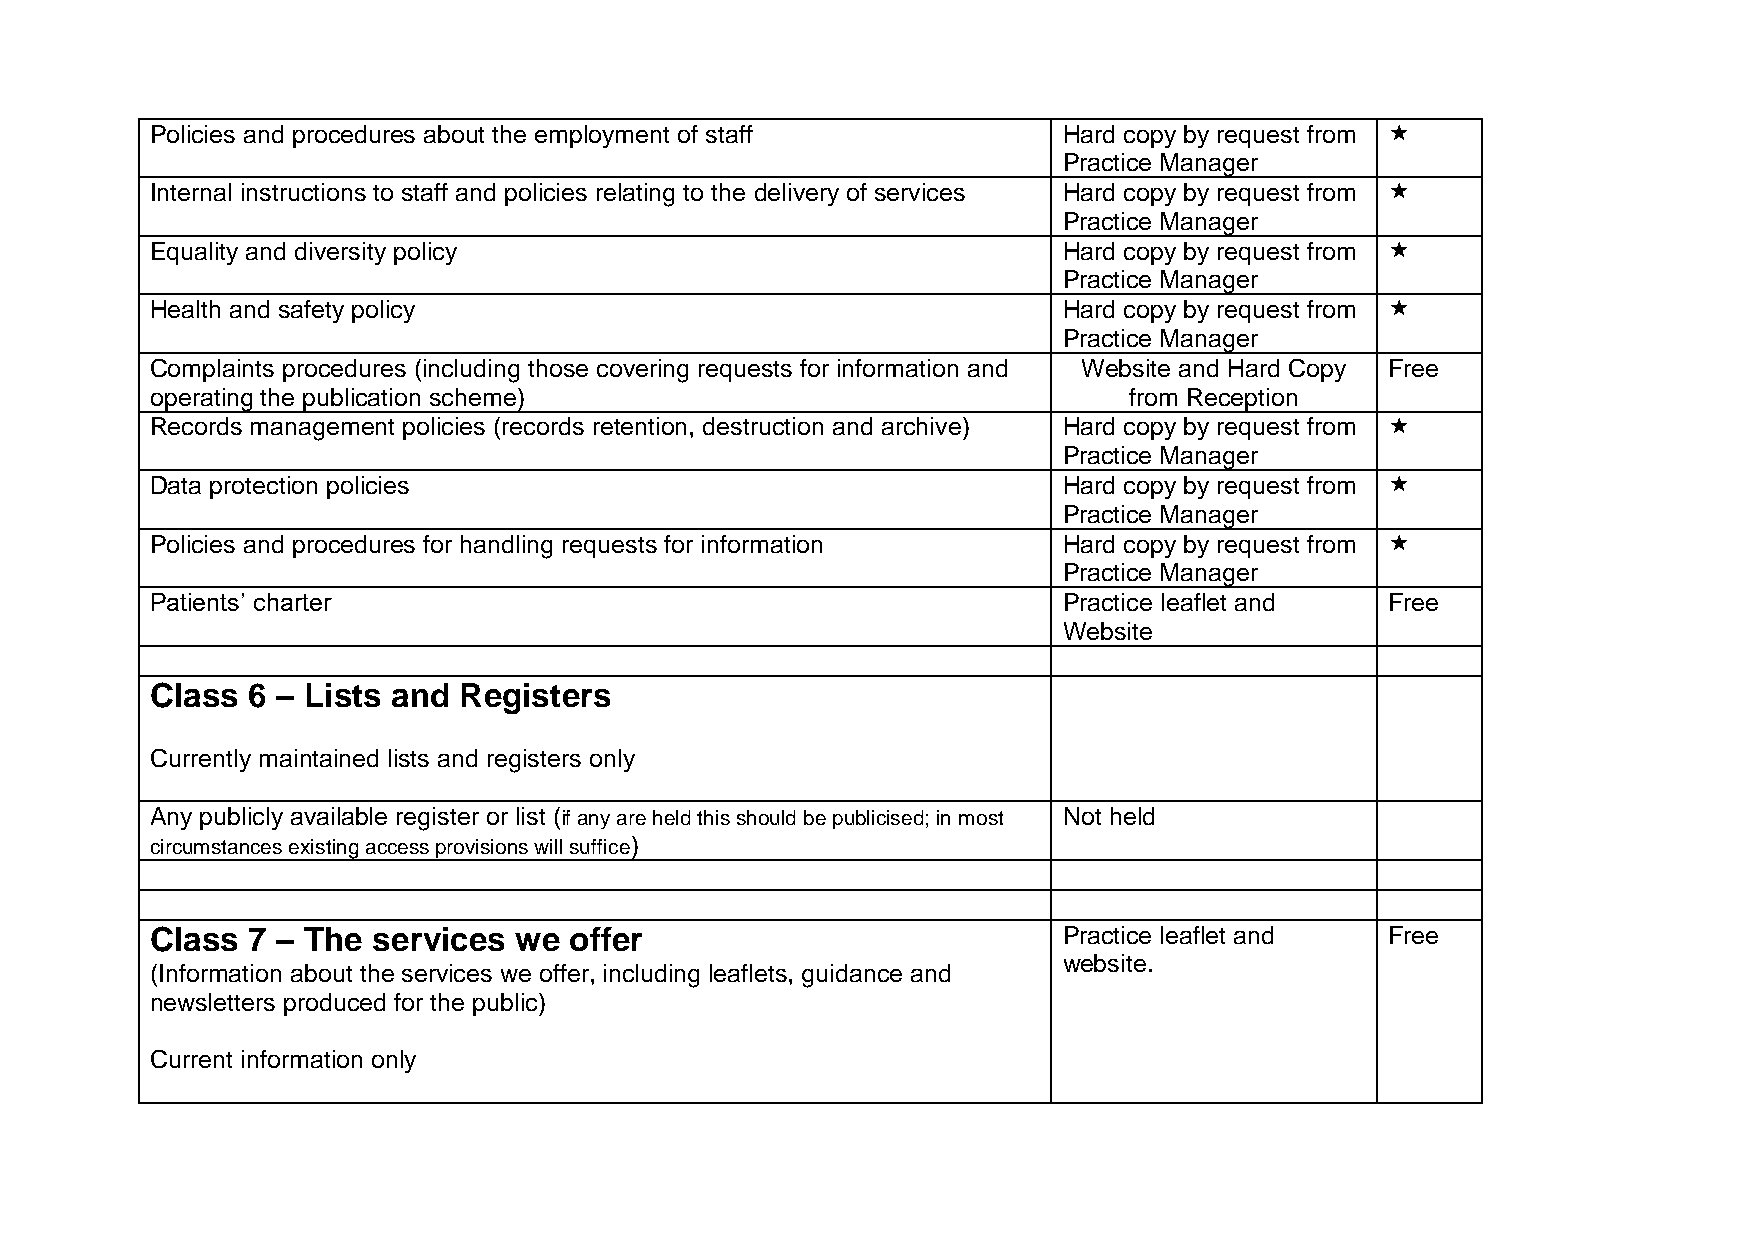
Policies and procedures about the employment of staff       Hard copy by request from 
 Practice Manager
 Internal instructions to staff and policies relating to the delivery of services Hard copy by request from 
 Practice Manager
 Equality and diversity policy                               Hard copy by request from 
 Practice Manager
 Health and safety policy                                    Hard copy by request from 
 Practice Manager
 Complaints procedures (including those covering requests for information and Website and Hard Copy Free
 operating the publication scheme)                                from Reception
 Records management policies (records retention, destruction and archive) Hard copy by request from 
 Practice Manager
 Data protection policies                                    Hard copy by request from 
 Practice Manager
 Policies and procedures for handling requests for information Hard copy by request from 
 Practice Manager
 Patients’ charter                                           Practice leaflet and  Free
 Website
 Class 6 – Lists and Registers
 Currently maintained lists and registers only
 Any publicly available register or list (if any are held this should be publicised; in most Not held
 circumstances existing access provisions will suffice)
 Class 7 – The  services we  offer                           Practice leaflet and  Free
 website.
 (Information about the services we offer, including leaflets, guidance and
 newsletters produced for the public)
 Current information only